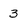
Character: 3